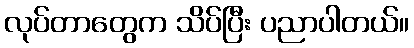
လုပ်တာတွေက သိပ်ပြီး ပညာပါတယ်။